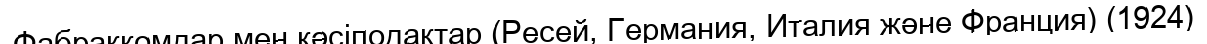
Фабраккомдар мен кәсіподақтар (Ресей, Германия, Италия және Франция) (1924)